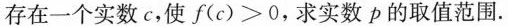
存在一个实数c，使f(c)>0，求实数p的取值范围。